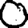
Digit: 0